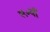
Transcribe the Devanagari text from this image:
३१०वाँ